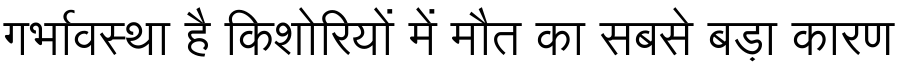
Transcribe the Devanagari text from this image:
गर्भावस्था है किशोरियों में मौत का सबसे बड़ा कारण